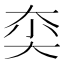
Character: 𱘰